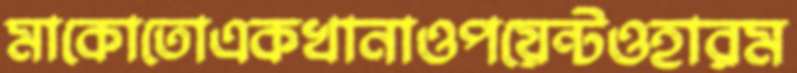
মাকোতোএকখানাওপয়েন্টওহারম